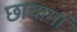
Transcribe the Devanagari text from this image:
छायामां